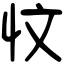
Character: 忟